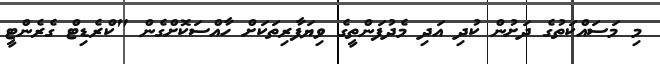
މި މަސައްކަތުގެ ދަށުން ކުދި އަދި މެދުފަންތީގެ ވިޔަފާރިތަކަށް ހާއްސަކޮށްގެން "ކްރެޑިޓް ގެރެންޓީ